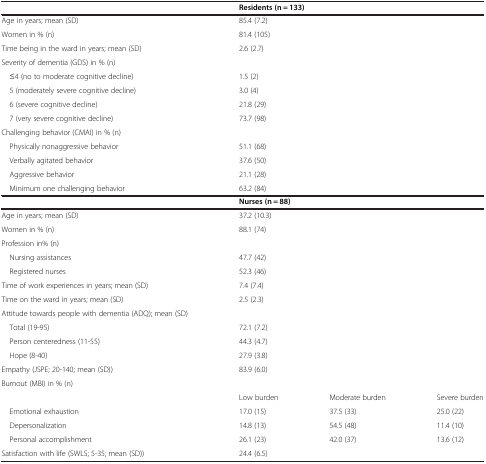
<table><thead><tr><td></td><td colspan="3"><b>Residents (n = 133)</b></td></tr></thead><tbody><tr><td>Age in years; mean (SD)</td><td colspan="3">85.4 (7.2)</td></tr><tr><td>Women in % (n)</td><td colspan="3">81.4 (105)</td></tr><tr><td>Time being in the ward in years; mean (SD)</td><td colspan="3">2.6 (2.7)</td></tr><tr><td>Severity of dementia (GDS) in % (n)</td><td colspan="3"></td></tr><tr><td> ≤4 (no to moderate cognitive decline)</td><td colspan="3">1.5 (2)</td></tr><tr><td> 5 (moderately severe cognitive decline)</td><td colspan="3">3.0 (4)</td></tr><tr><td> 6 (severe cognitive decline)</td><td colspan="3">21.8 (29)</td></tr><tr><td> 7 (very severe cognitive decline)</td><td colspan="3">73.7 (98)</td></tr><tr><td>Challenging behavior (CMAI) in % (n)</td><td colspan="3"></td></tr><tr><td> Physically nonaggressive behavior</td><td colspan="3">51.1 (68)</td></tr><tr><td> Verbally agitated behavior</td><td colspan="3">37.6 (50)</td></tr><tr><td> Aggressive behavior</td><td colspan="3">21.1 (28)</td></tr><tr><td> Minimum one challenging behavior</td><td colspan="3">63.2 (84)</td></tr><tr><td></td><td colspan="3"><b>Nurses (n = 88)</b></td></tr><tr><td>Age in years; mean (SD)</td><td colspan="3">37.2 (10.3)</td></tr><tr><td>Women in % (n)</td><td colspan="3">88.1 (74)</td></tr><tr><td>Profession in% (n)</td><td colspan="3"></td></tr><tr><td> Nursing assistances</td><td colspan="3">47.7 (42)</td></tr><tr><td> Registered nurses</td><td colspan="3">52.3 (46)</td></tr><tr><td>Time of work experiences in years; mean (SD)</td><td colspan="3">7.4 (7.4)</td></tr><tr><td>Time on the ward in years; mean (SD)</td><td colspan="3">2.5 (2.3)</td></tr><tr><td>Attitude towards people with dementia (ADQ); mean (SD)</td><td colspan="3"></td></tr><tr><td> Total (19-95)</td><td colspan="3">72.1 (7.2)</td></tr><tr><td> Person centeredness (11-55)</td><td colspan="3">44.3 (4.7)</td></tr><tr><td> Hope (8-40)</td><td colspan="3">27.9 (3.8)</td></tr><tr><td>Empathy (JSPE; 20-140; mean (SD))</td><td colspan="3">83.9 (6.0)</td></tr><tr><td>Burnout (MBI) in % (n)</td><td colspan="3"></td></tr><tr><td></td><td>Low burden</td><td>Moderate burden</td><td>Severe burden</td></tr><tr><td> Emotional exhaustion</td><td>17.0 (15)</td><td>37.5 (33)</td><td>25.0 (22)</td></tr><tr><td> Depersonalization</td><td>14.8 (13)</td><td>54.5 (48)</td><td>11.4 (10)</td></tr><tr><td> Personal accomplishment</td><td>26.1 (23)</td><td>42.0 (37)</td><td>13.6 (12)</td></tr><tr><td>Satisfaction with life (SWLS; 5-35; mean (SD))</td><td colspan="3">24.4 (6.5)</td></tr></tbody></table>